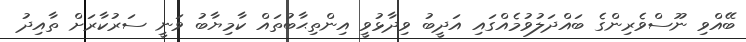
ބޭއްވި ނޫސްވެރިންގެ ބައްދަލުވުމެއްގައި އަދީބު ވިދާޅުވީ އިންތިޙާބުތައް ކާމިޔާބު ވަނީ ސަރުކާރަށް ތާއިދު